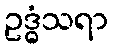
ဥဒ္ဓံသရာ